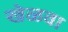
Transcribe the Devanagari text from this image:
खेळवा